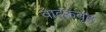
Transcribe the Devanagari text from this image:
वादकवृंद